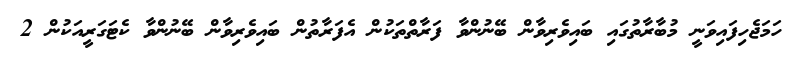
ހަމަޖެހިފައިވަނީ މުބާރާތުގައި ބައިވެރިވާން ބޭނުންވާ ފަރާތްތަކުން އެފަރާތުން ބައިވެރިވާން ބޭނުންވާ ކެޓަގަރީއަކުން 2